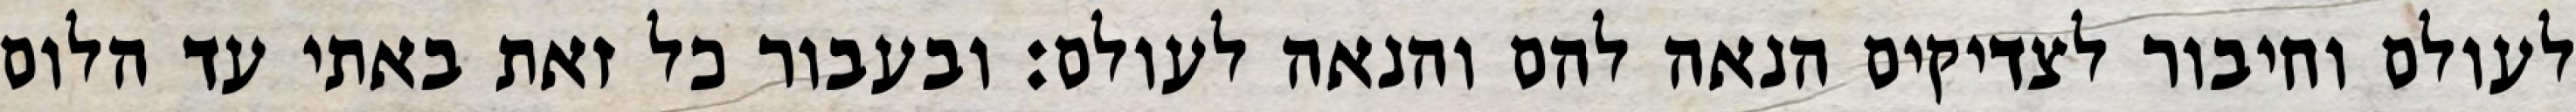
לעולם וחיבור לצדיקים הנאה להם והנאה לעולם: ובעבור כל זאת באתי עד הלום